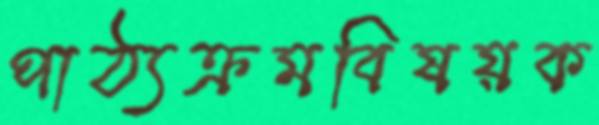
পাঠ্যক্রমবিষয়ক